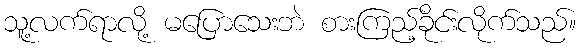
သူ့လက်ရာလို့ မပြောသေးဘဲ စားကြည့်ခိုင်းလိုက်သည်။